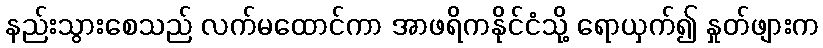
နည်းသွားစေသည် လက်မထောင်ကာ အာဖရိကနိုင်ငံသို့ ရောယှက်၍ နှုတ်ဖျားက